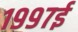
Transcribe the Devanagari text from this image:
१९९७ई